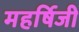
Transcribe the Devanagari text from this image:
महर्षिजी